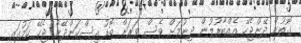
ގޮތުން ދޭންޖެހޭ އެއްބާރުލުން ދިނުމަށް ވެސް ވަރަށް ބޮޑު އިސްކަންދޭން ޖެހޭ ކަމުގައި